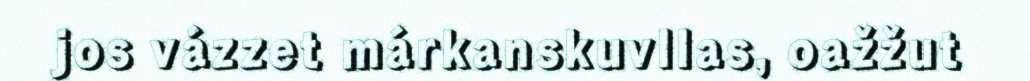
jos vázzet márkanskuvllas, oažžut